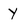
Character: Y